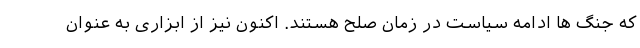
که جنگ ها ادامه سیاست در زمان صلح هستند. اکنون نیز از ابزاری به عنوان